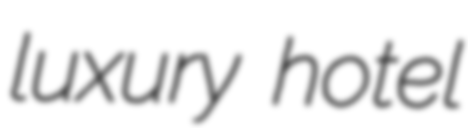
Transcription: luxury hotel